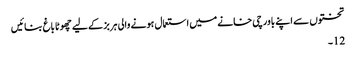
تختوں سے اپنے باورچی خانے میں استعمال ہونے والی ہربز کے لیے چھوٹا باغ بنائیں
12۔